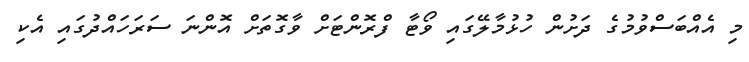
މި އެއްބަސްވުމުގެ ދަށުން ހުޅުމާލޭގައި ވޯޓާ ފްރޮންޓަށް ވާގޮތަށް އޮންނަ ސަރަހައްދުގައި އެކި